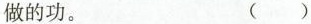
做的功。 ()